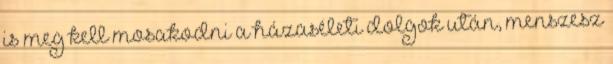
is meg kell mosakodni a házaséleti dolgok után, menszesz